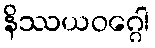
နိဿယဝဂ္ဂေါ